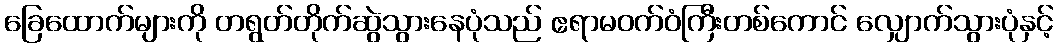
ခြေထောက်များကို တရွတ်တိုက်ဆွဲသွားနေပုံသည် ဧရာမဝက်ဝံကြီးတစ်ကောင် လျှောက်သွားပုံနှင့်